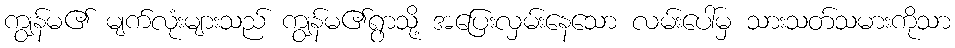
ကျွန်မ၏ မျက်လုံးများသည် ကျွန်မ၏ရွာသို့ အပြေးလှမ်းနေသော လမ်းပေါ်မှ သားသတ်သမားကိုသာ